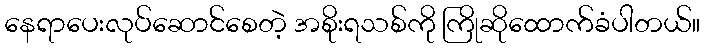
နေရာပေးလုပ်ဆောင်စေတဲ့ အစိုးရသစ်ကို ကြိုဆိုထောက်ခံပါတယ်။